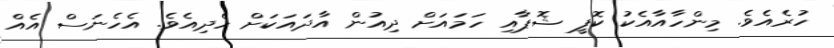
ހުރެއެވެ. މިންހާއާއެކު ކޮފީ ޝޮޕާއި ހަމައަށް ދިއުން އާދައަކަށް ހެދިއެވެ. އެހެނަސް އެއް